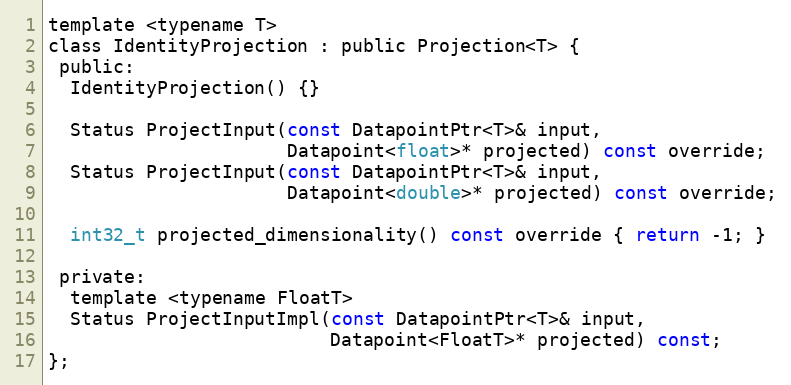
Language: C
template <typename T>
class IdentityProjection : public Projection<T> {
 public:
  IdentityProjection() {}

  Status ProjectInput(const DatapointPtr<T>& input,
                      Datapoint<float>* projected) const override;
  Status ProjectInput(const DatapointPtr<T>& input,
                      Datapoint<double>* projected) const override;

  int32_t projected_dimensionality() const override { return -1; }

 private:
  template <typename FloatT>
  Status ProjectInputImpl(const DatapointPtr<T>& input,
                          Datapoint<FloatT>* projected) const;
};